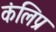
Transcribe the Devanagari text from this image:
कंलिप्र